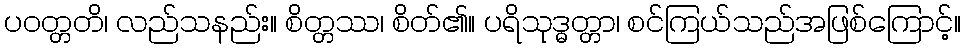
ပဝတ္တတိ၊ လည်သနည်း။ စိတ္တဿ၊ စိတ်၏။ ပရိသုဒ္ဓတ္တာ၊ စင်ကြယ်သည်အဖြစ်ကြောင့်။